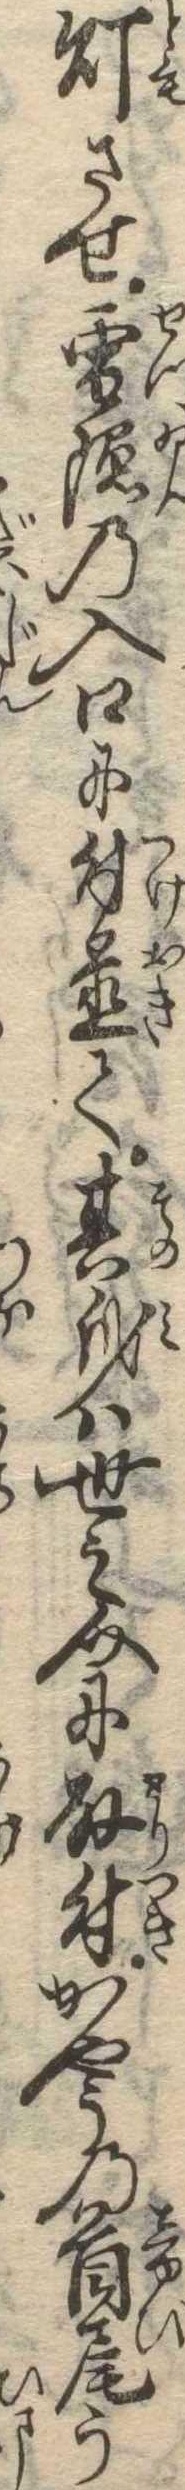
灯させ雪隠の入口に付置て其身は世之介に取付かやうの首尾う